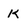
Character: K